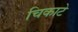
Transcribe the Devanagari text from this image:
चिकाटे